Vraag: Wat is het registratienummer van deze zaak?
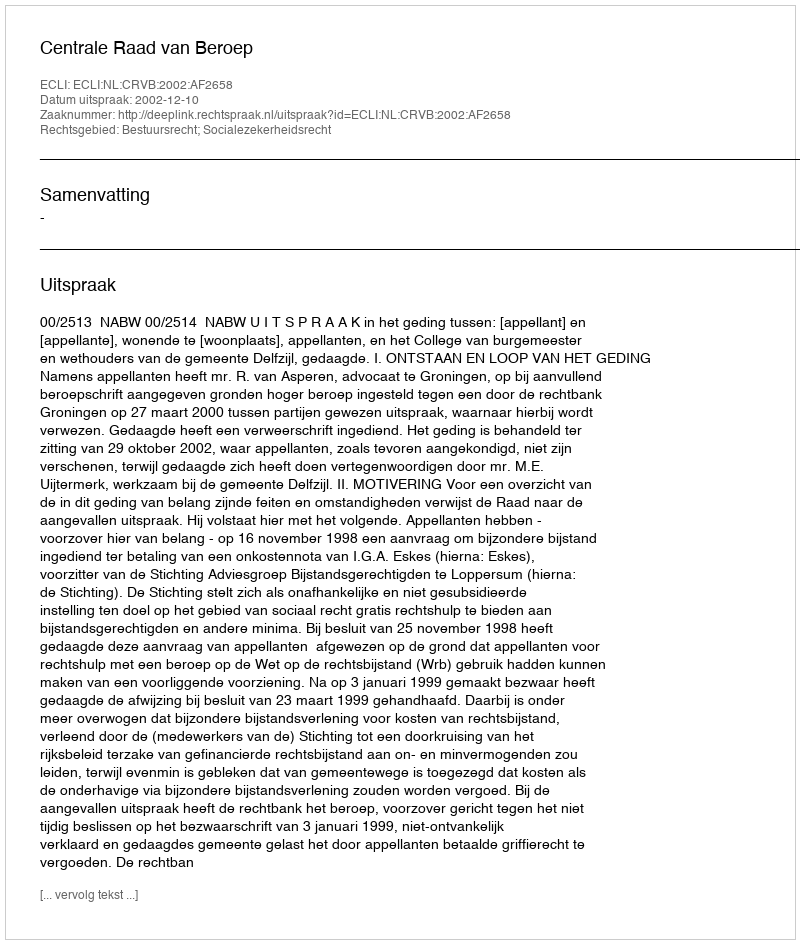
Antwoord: http://deeplink.rechtspraak.nl/uitspraak?id=ECLI:NL:CRVB:2002:AF2658